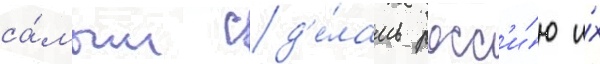
са́мым сд'е́лать росс'и́ю и́х